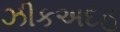
ઝીકઅદહ